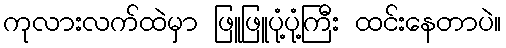
ကုလားလက်ထဲမှာ ဖြူဖြူပုံ့ပုံ့ကြီး ထင်းနေတာပဲ။